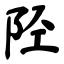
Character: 陉